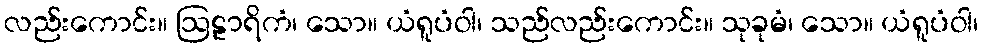
လည်းကောင်း။ ဩဠာရိကံ၊ သော။ ယံရူပံဝါ၊ သည်လည်းကောင်း။ သုခုမံ၊ သော။ ယံရူပံဝါ၊